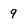
Character: 9